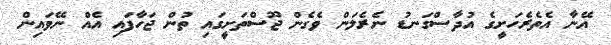
އޭނާ އެތެރެހަށީގެ އުދާސްގަނޑު ނެރެލަން ވެގެން ޖޫސްތަށީގައި ތުން ޖަހާފައި އެއް ނޭވައިން